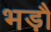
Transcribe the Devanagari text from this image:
भड़ौ